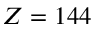
Z = 1 4 4